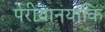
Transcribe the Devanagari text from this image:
पेरीयानयाकि